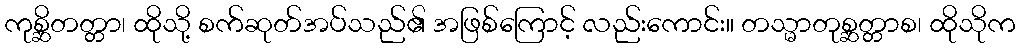
ကုစ္ဆိတတ္တာ၊ ထိုသို့ စက်ဆုတ်အပ်သည်၏ အဖြစ်ကြောင့် လည်းကောင်း။ တသ္မာတုစ္ဆတ္တာစ၊ ထိုသိုက